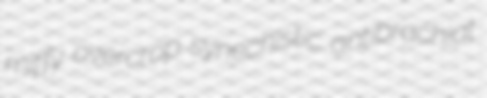
miffy overcrop synechistic antibrachial